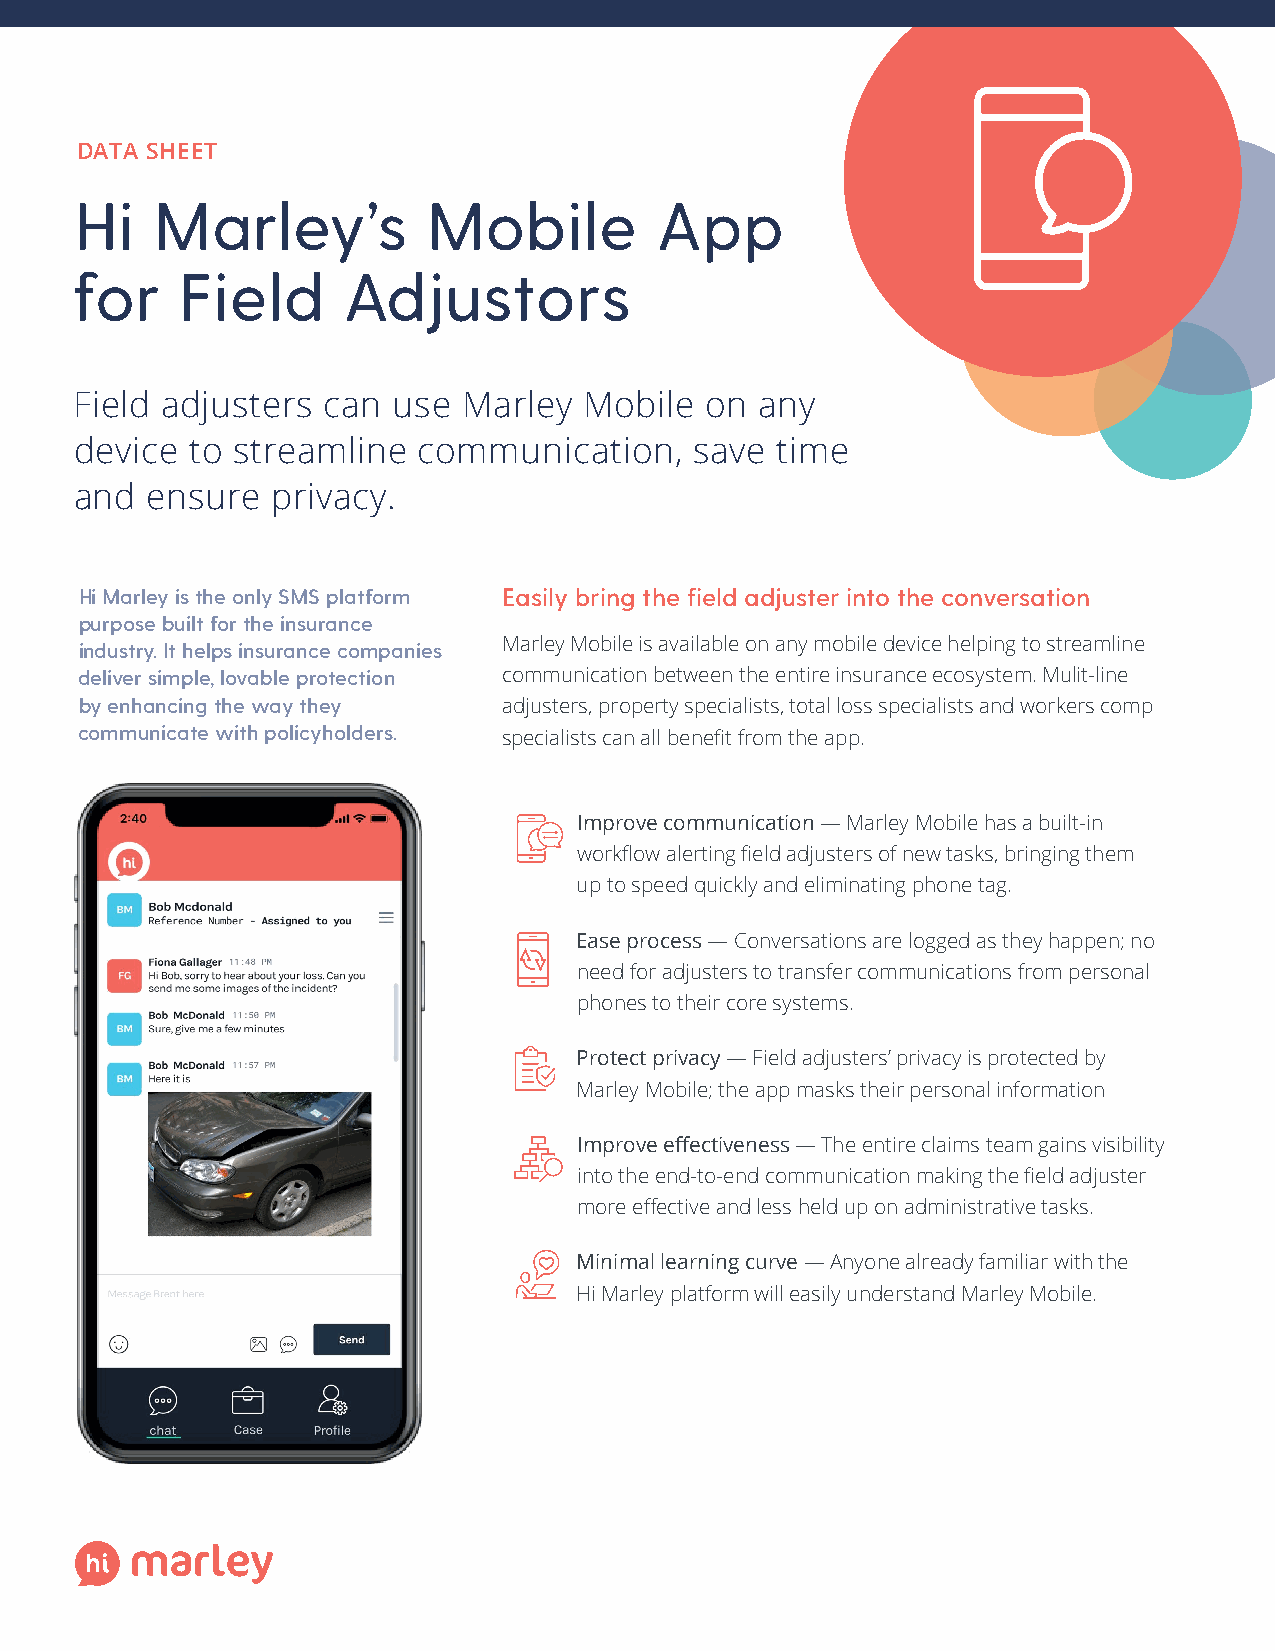
DATA SHEET
 Hi   Marley’s          Mobile         App
 for    Field      Adjustors
 Field adjusters can  use  Marley  Mobile  on any
 device  to streamline  communication,    save time
 and  ensure  privacy.
 Hi Marley is the only SMS platform Easily bring the field adjuster into the conversation
 purpose built for the insurance
 Marley Mobile is available on any mobile device helping to streamline
 industry. It helps insurance companies
 deliver simple, lovable protection communication between the entire insurance ecosystem. Mulit-line
 by enhancing the way they   adjusters, property specialists, total loss specialists and workers comp
 communicate with policyholders. specialists can all benefit from the app.
 Improve communication — Marley Mobile has a built-in
 workflow alerting field adjusters of new tasks, bringing them
 up to speed quickly and eliminating phone tag.
 Ease process — Conversations are logged as they happen; no
 need for adjusters to transfer communications from personal
 phones to their core systems.
 Protect privacy — Field adjusters’ privacy is protected by
 Marley Mobile; the app masks their personal information
 Improve effectiveness — The entire claims team gains visibility
 into the end-to-end communication making the field adjuster
 more effective and less held up on administrative tasks.
 Minimal learning curve — Anyone already familiar with the
 Hi Marley platform will easily understand Marley Mobile.